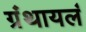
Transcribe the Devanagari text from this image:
ग्रंथायलं